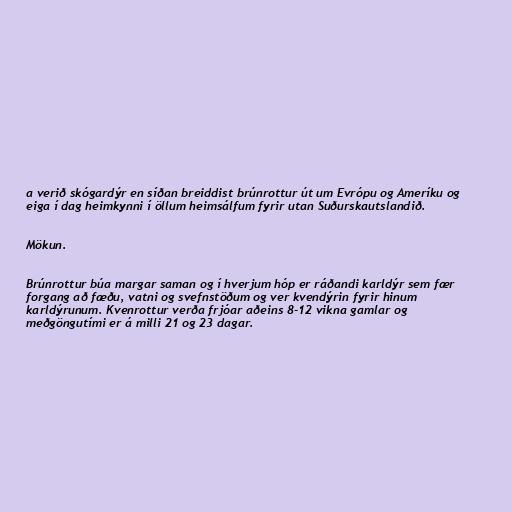
a verið skógardýr en síðan breiddist brúnrottur út um Evrópu og Ameríku og
eiga í dag heimkynni í öllum heimsálfum fyrir utan Suðurskautslandið.

Mökun.

Brúnrottur búa margar saman og í hverjum hóp er ráðandi karldýr sem fær
forgang að fæðu, vatni og svefnstöðum og ver kvendýrin fyrir hinum
karldýrunum. Kvenrottur verða frjóar aðeins 8-12 vikna gamlar og
meðgöngutími er á milli 21 og 23 dagar.